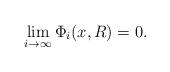
LaTeX: \begin{align*}\lim_{i\rightarrow\infty}\Phi_{i}(x,R)=0.\end{align*}